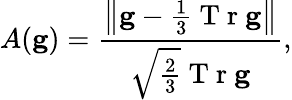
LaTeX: A(\mathbf{g})=\frac{\left\lVert\mathbf{g}-\frac{1}{3}\mathrm{~T~r~}\mathbf{g}\right\rVert}{\sqrt{\frac{2}{3}}\mathrm{~T~r~}\mathbf{g}},